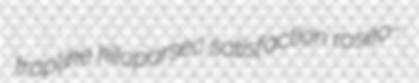
traplike kiloparsec satisfaction roseo-